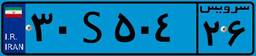
۳۰S۵۰۴۲۶